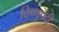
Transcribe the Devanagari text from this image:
विष्णुपदी